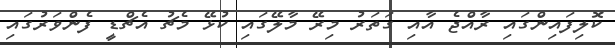
ކޮލިފައިންގައި ރާއްޖެ އާއި ގަތަރު މިރޭ މާލޭގައި ކުޅޭ މެޗު އެޗްޑީ ފެންވަރުގައި